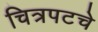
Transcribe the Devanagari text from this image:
चित्रपटचे